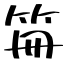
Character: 笧